画像に写った文字を読んでください
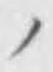
「ノ」と書いてあります